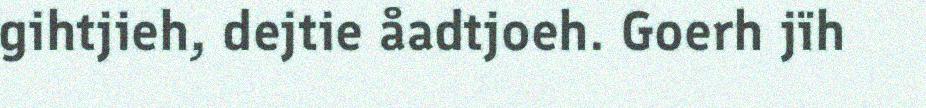
gihtjieh, dejtie åadtjoeh. Goerh jïh